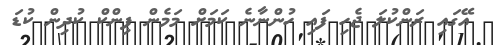
އޭގައި ރަންކުލަ ޖެހި ފައި ހުންނާނެ ކަމަށް މަމެން ޕިންކް ކުދިން ކުޑަ